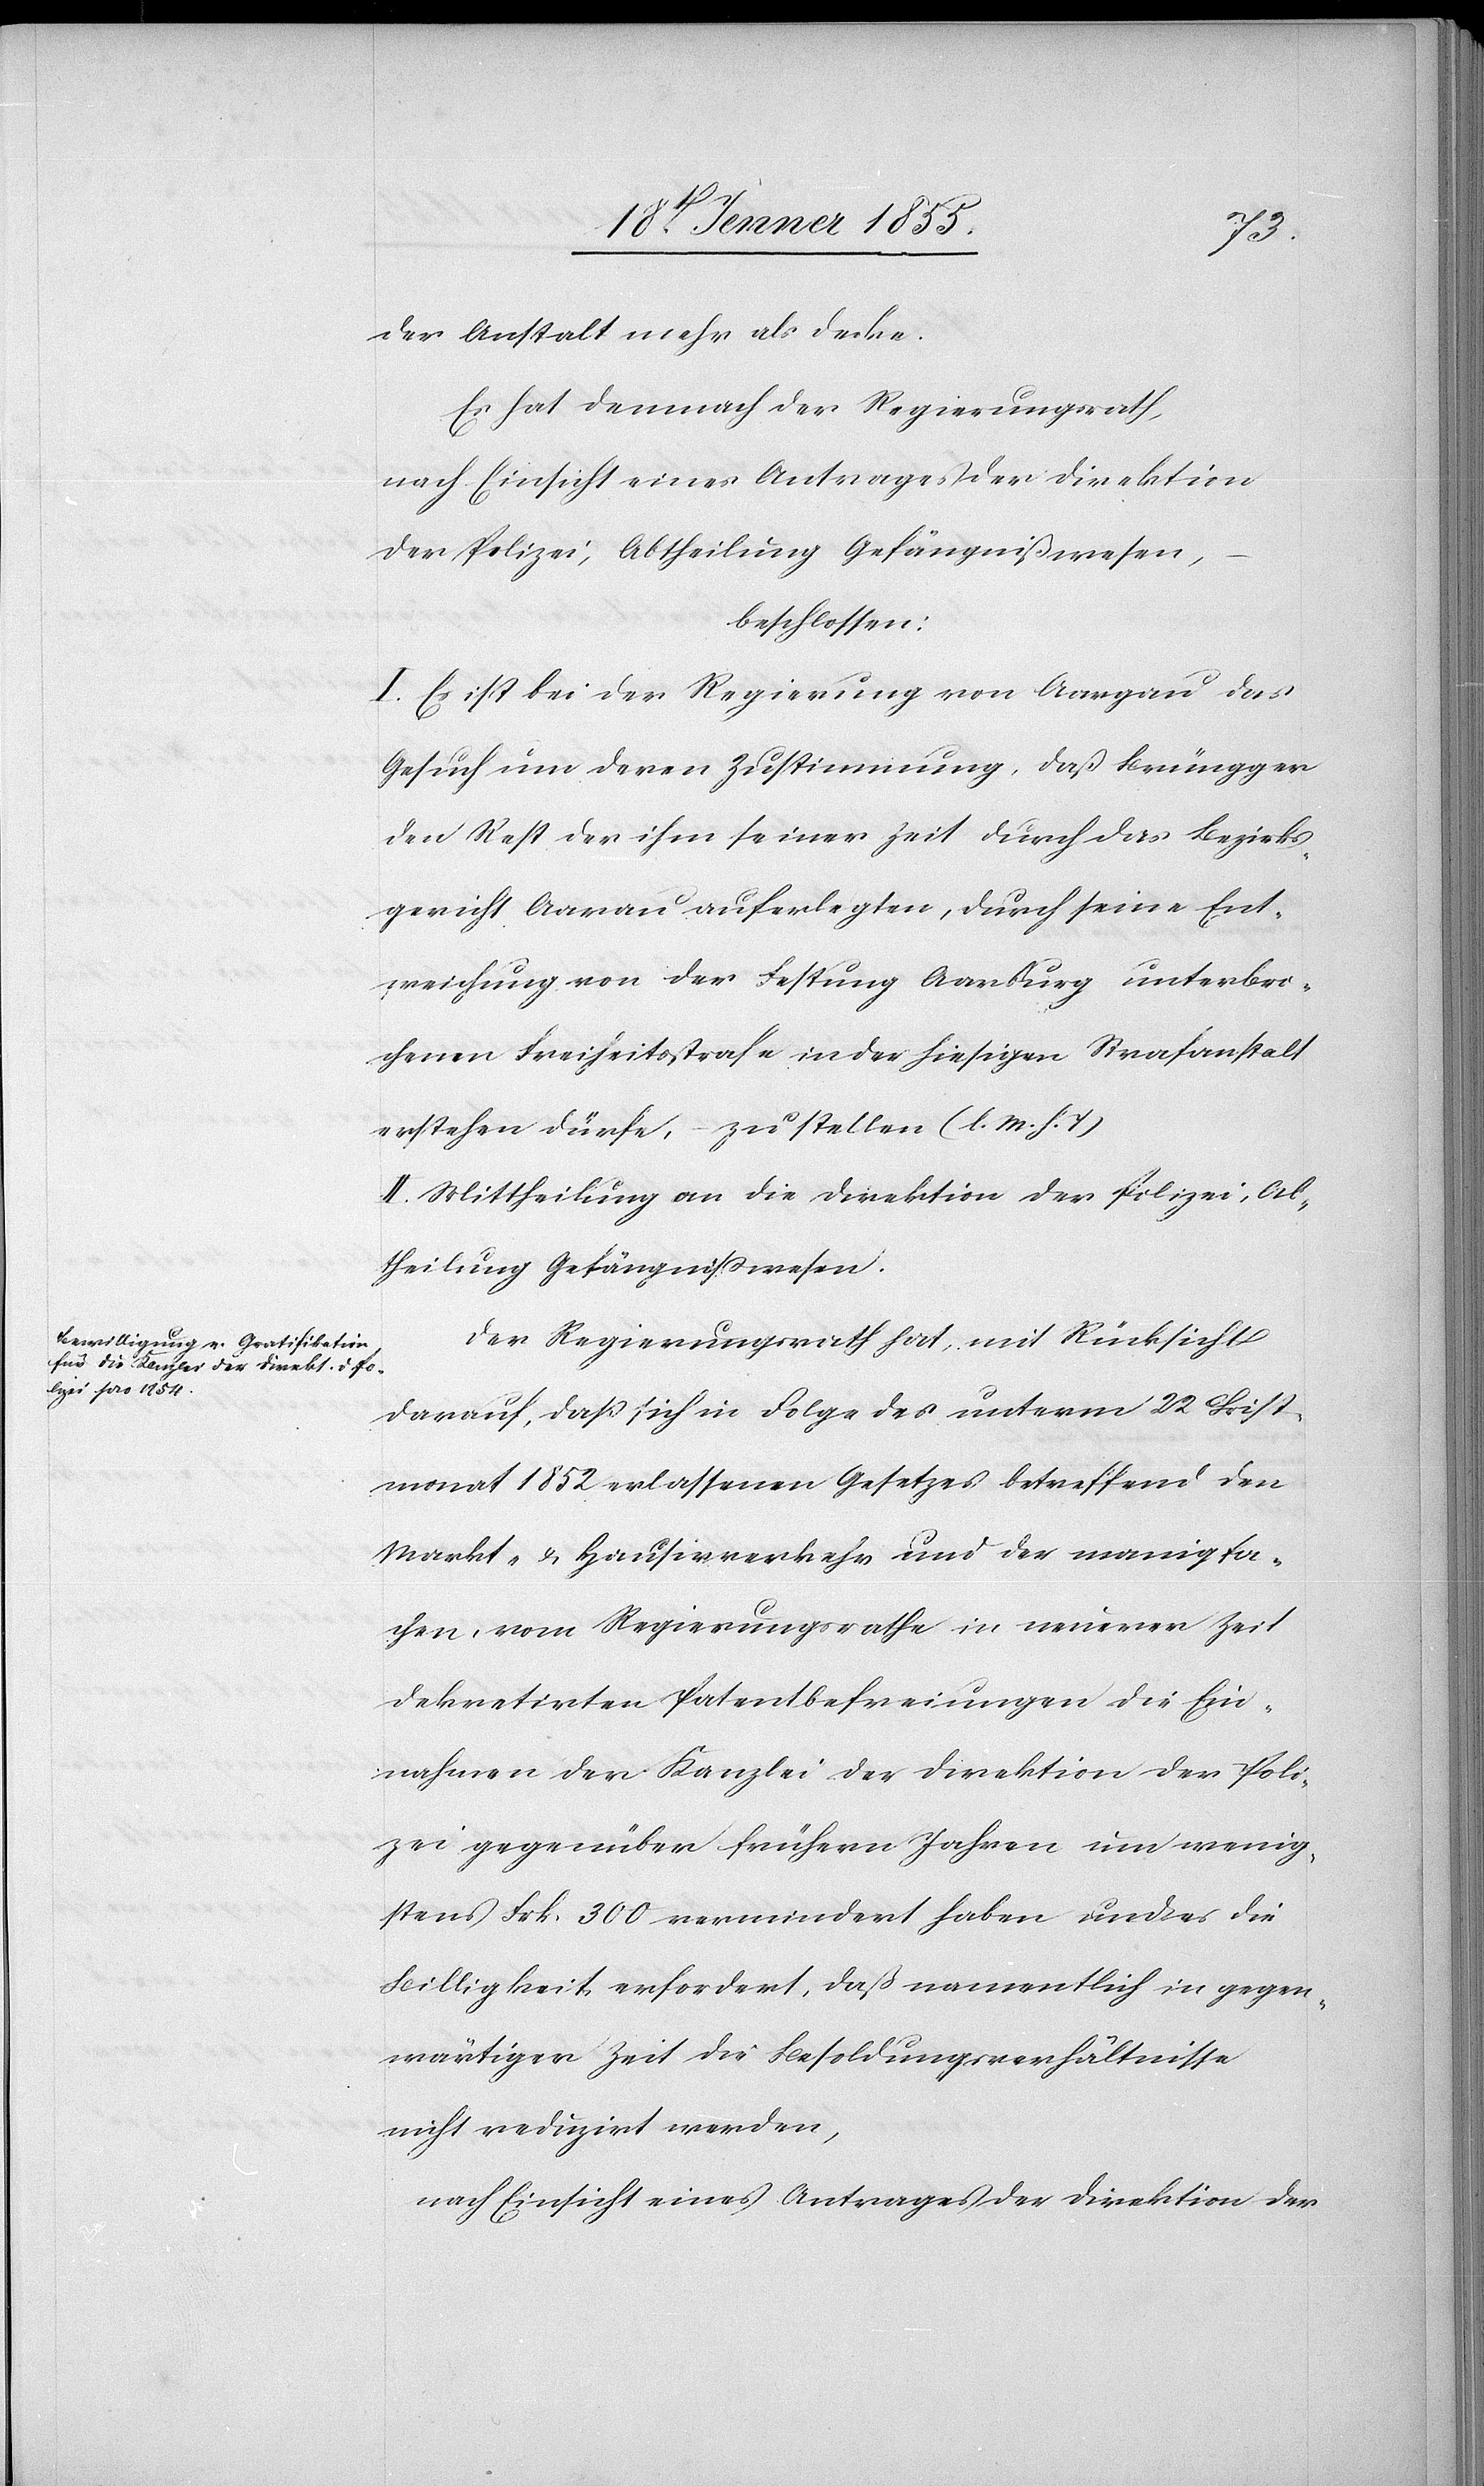
der Anstalt mehr als decke.
Es hat demnach der Regierungsrath,
nach Einsicht eines Antrages der Direktion
der Polizei, Abtheilung Gefängnißwesen,
beschlossen:
I. Es ist bei der Regierung von Aargau das
Gesuch um deren Zustimmung, daß Brüngger
den Rest der ihm seiner Zeit durch das Bezirks¬
gericht Aarau auferlegten, durch seine Ent¬
weichung von der Festung Aarburg unterbro¬
chenen Freiheitsstrafe in der hiesigen Strafanstalt
erstehen dürfe, – zu stellen (l. M. h. T)
II. Mittheilung an die Direktion der Polizei, Ab¬
theilung Gefängnisswesen.
Der Regierungsrath hat, mit Rücksicht
darauf, daß sich in Folge des unterm 22 Christ¬
monat 1852 erlassenen Gesetzes betreffend den
Markt- & Hausirverkehr und der manigfa¬
chen, vom Regierungsrathe in neuerer Zeit
dekretirten Patentbefreiungen die Ein¬
nahmen der Kanzlei der Direktion der Poli¬
zei gegenüber frühern Jahren um wenig¬
stens Frk. 300 vermindert haben und es die
Billigkeit erfordert, daß namentlich in gegen¬
wärtiger Zeit die Besoldungsverhältnisse
nicht reduzirt werden,
nach Einsicht eines Antrages der Direktion der